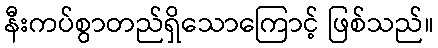
နီးကပ်စွာတည်ရှိသောကြောင့် ဖြစ်သည်။